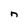
Character: n